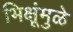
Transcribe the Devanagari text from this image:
भिक्षूंमुळे